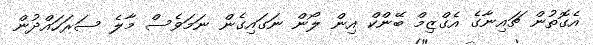
އެގޮތުން ޗައިނާގެ އެގްޒިމް ބޭންކް އިން ލޯން ނަގައިގެން ނަމަވެސް މާލެ ސަރަހައްދުން